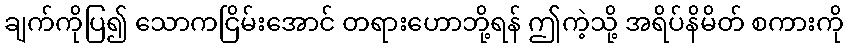
ချက်ကိုပြ၍ သောကငြိမ်းအောင် တရားဟောဘို့ရန် ဤကဲ့သို့ အရိပ်နိမိတ် စကားကို